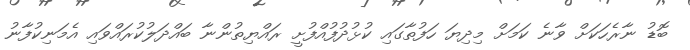
ބޮޑު ނާރެހަކަށް ވާނެ ކަމަށް މިދިޔަ ހަފުތާގައި ކުޅުދުފުއްފުށީ ރައްޔިތުންނާ ބައްދަލުކުރައްވައި އެމަނިކުފާނު